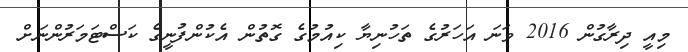
މިއީ ދިރާގުން 2016 ވަނަ އަހަރުގެ ތަހުނިޔާ ކިއުމުގެ ގޮތުން އެކުންފުނީގެ ކަސްޓަމަރުންނަށް